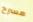
مسرح